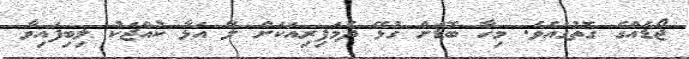
ޖޯޑެއްގެ ގޮތުގައެވެ. މިހާ ބޮޑަށް ގުޅޭ ދެމަފިރިއަކަށް ލޭ އަޅާ ކުއްޖަކު ލިބިފައިވާ